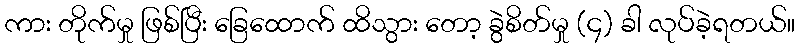
ကား တိုက်မှု ဖြစ်ပြီး ခြေထောက် ထိသွား တော့ ခွဲစိတ်မှု (၄) ခါ လုပ်ခဲ့ရတယ်။